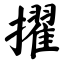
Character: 擢